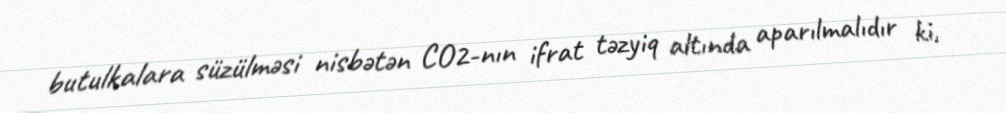
butulkalara süzülməsi nisbətən CO2-nın ifrat təzyiq altında aparılmalıdır ki,